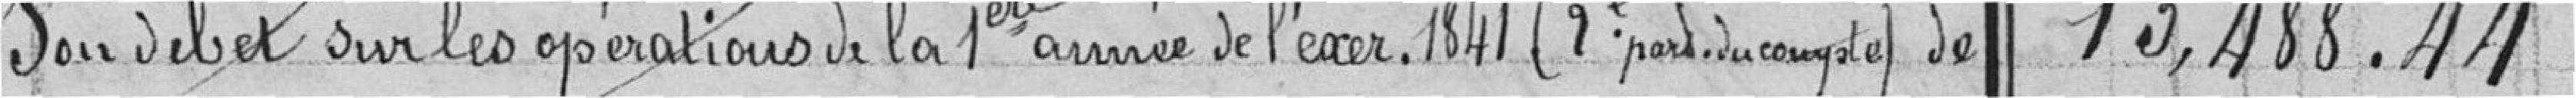
son débet sur les opérations de la 1ere année de l'exercice 19841 (1ere partie du compte) de 13,488.44